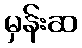
မှန်းဆ